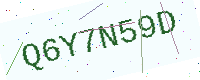
Text: Q6Y7N59D